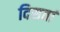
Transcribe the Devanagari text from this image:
दिसतां